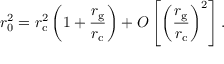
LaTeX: r _ { \mathrm { 0 } } ^ { 2 } = r _ { \mathrm { c } } ^ { 2 } \left( 1 + \frac { r _ { \mathrm { g } } } { r _ { \mathrm { c } } } \right) + O \left[ \left( \frac { r _ { \mathrm { g } } } { r _ { \mathrm { c } } } \right) ^ { 2 } \right] .